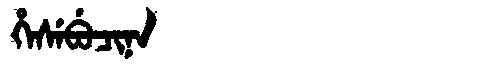
Manchu: ᡥᡝᠰᡝᠪᡠᠴᡳᠨᠠ
Romanization: HESEBUCINA